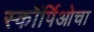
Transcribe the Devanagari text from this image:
स्कॉर्पिओचा